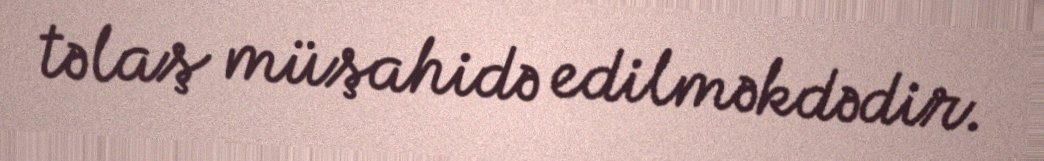
təlaş müşahidə edilməkdədir.